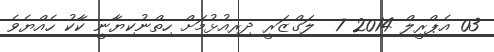
03 އެޕްރީލް 2014 7  ލަގްޒަރީ ދިރިއުޅުމަށް ހިތްނުކިޔާނީ ކާކު ހެއްޔެވެ